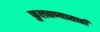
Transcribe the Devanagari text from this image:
फुलवण्यासाठी